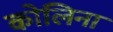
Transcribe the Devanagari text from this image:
कोलिना